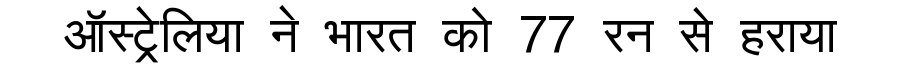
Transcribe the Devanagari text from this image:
ऑस्ट्रेलिया ने भारत को 77 रन से हराया